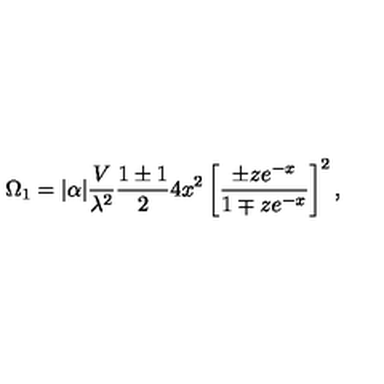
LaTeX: \Omega _ { 1 } = | \alpha | { \frac { V } { \lambda ^ { 2 } } } { \frac { 1 \pm 1 } { 2 } } 4 x ^ { 2 } \left[ { \frac { \pm z e ^ { - x } } { 1 \mp z e ^ { - x } } } \right] ^ { 2 } ,